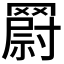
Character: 𮊘